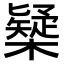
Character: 𣝆